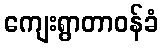
ကျေးရွာတာဝန်ခံ